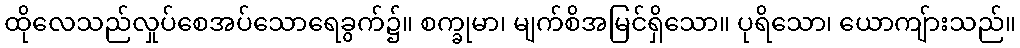
ထိုလေသည်လှုပ်စေအပ်သောရေခွက်၌။ စက္ခုမာ၊ မျက်စိအမြင်ရှိသော။ ပုရိသော၊ ယောကျ်ားသည်။